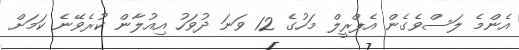
އެންމެ ލަސްވެގެން އެޕްރީލް މަހުގެ 12 ވަނަ ދުވަހު އިއުލާން ކުރެވޭނެ ކަމަށް